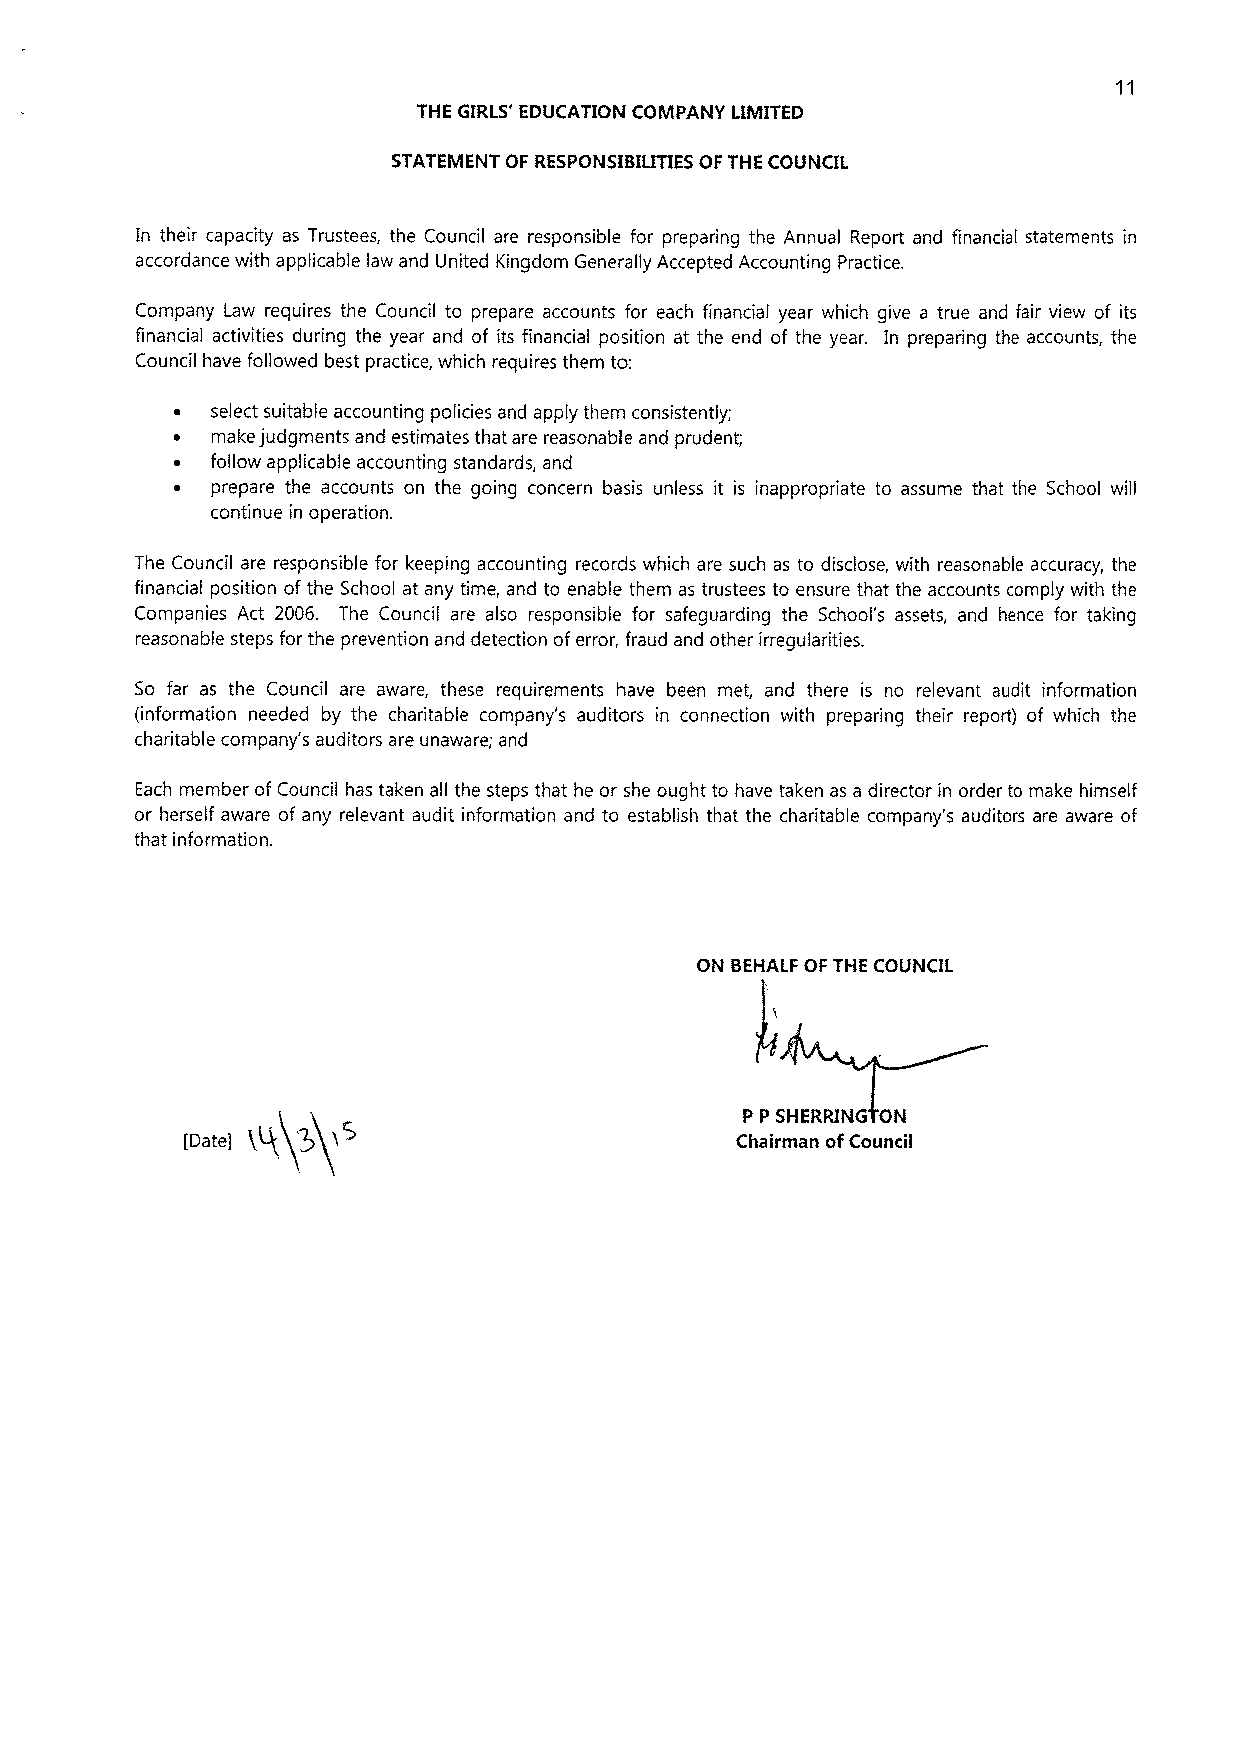
11
 THE GIRLS' EDUCATION COMPANY LIMITED
 STATEMENT OF RESPONSIBILITIES OF THE COUNCIL
 In their capacity as Trustees, the Council are responsible for preparing the Annual Report and financial statements in
 accordance with applicable law and United Kingdom Generally Accepted Accounting Practice.
 Company Law requires the Council to prepare accounts for each financial year which give a true and fair view of its
 financial activities during the year and of its financial position at the end of the year. In preparing the accounts, the
 Council have followed best practice, which requires them to:
 ~  select suitable accounting policies and apply them consistently;
 ~  make judgments and estimates that are reasonable and prudent;
 ~  follow applicable accounting standards, and
 ~  prepare the accounts on the going concern basis unless it is inappropriate to assume that the School will
 continue in operation.
 The Council are responsible for keeping accounting records which are such as to disclose, with reasonable accuracy, the
 financial position of the School at any time, and to enable them as trustees to ensure that the accounts comply with the
 Companies Act 2006. The Council are also responsible for safeguarding the School's assets, and hence for taking
 reasonable steps for the prevention and detection oferror, fraud and other irregularities.
 So far as the Council are aware, these requirements have been met, and there is no relevant audit information
 (information needed by the charitable company's auditors in connection with preparing their report) of which the
 charitable company's auditors are unaware; and
 Each member of Council has taken all the steps that he or she ought to have taken as a director in order to make himself
 or herself aware of any relevant audit information and to establish that the charitable company's auditors are aware of
 that information.
 ON BEHALF OF THE COUNCIL
 P P SHERRING ON
 [Date|                               Chairman ofCouncil